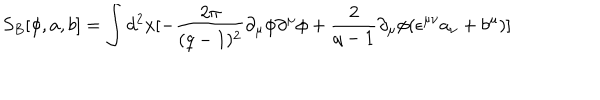
S _ { B } [ \phi , a , b ] = \int d ^ { 2 } x [ - \frac { 2 \pi } { ( q - 1 ) ^ { 2 } } \partial _ { \mu } \phi \partial ^ { \mu } \phi + \frac { 2 } { q - 1 } \partial _ { \mu } \phi ( \epsilon ^ { \mu \nu } a _ { \nu } + b ^ { \mu } ) ]